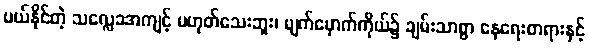
ပယ်နိုင်တဲ့ သလ္လေခအကျင့် မဟုတ်သေးဘူး၊ မျက်မှောက်ကိုယ်၌ ချမ်းသာစွာ နေရေးတရားနှင့်